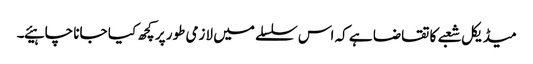
میڈیکل شعبے کا تقاضا ہے کہ اس سلسلے میں لازمی طور پر کچھ کیا جانا چاہیئے۔